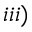
i i i )